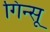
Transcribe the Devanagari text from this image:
गिन्सू